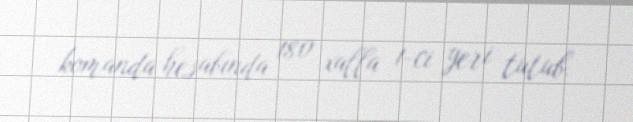
komanda hesabında 180 xalla 1-ci yeri tutub.